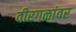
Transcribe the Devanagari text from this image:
वीरगळांवर